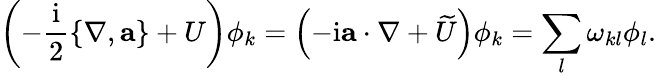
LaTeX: \left(-\frac{\mathrm{i}}{2}\{ \nabla,\mathbf{a}\} +U\right)\phi_{k}=\left(-\mathrm{i}\mathbf{a}\cdot\nabla+\widetilde{U}\right)\phi_{k}=\sum_{l}\omega_{kl}\phi_{l}.